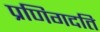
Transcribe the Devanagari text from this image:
प्रणिगदति